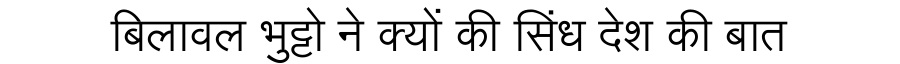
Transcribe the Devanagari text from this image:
बिलावल भुट्टो ने क्यों की सिंध देश की बात